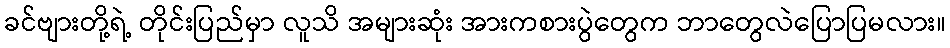
ခင်ဗျားတို့ရဲ့ တိုင်းပြည်မှာ လူသိ အများဆုံး အားကစားပွဲတွေက ဘာတွေလဲပြောပြမလား။